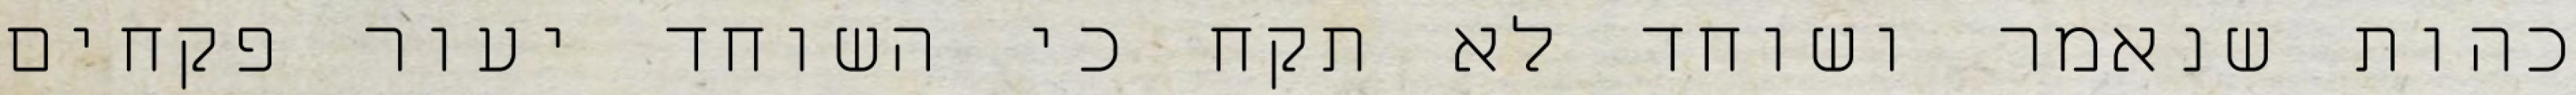
כהות שנאמר ושוחד לא תקח כי השוחד יעור פקחים